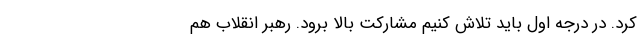
کرد. در درجه اول باید تلاش کنیم مشارکت بالا برود. رهبر انقلاب هم